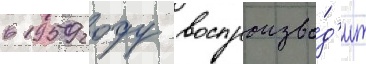
в 1959 году воспроизво́д'ит